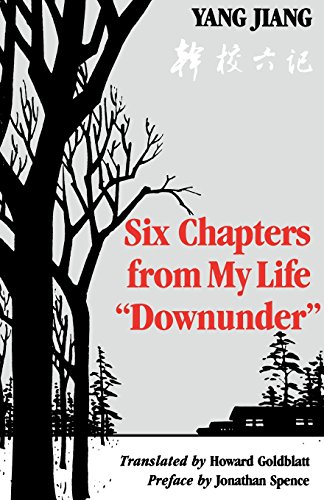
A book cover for Six Chapters from My Life "Downunder"; Yang Jiang; Biographies & Memoirs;